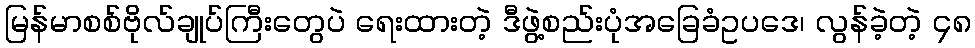
မြန်မာစစ်ဗိုလ်ချုပ်ကြီးတွေပဲ ရေးထားတဲ့ ဒီဖွဲ့စည်းပုံအခြေခံဥပဒေ၊ လွန်ခဲ့တဲ့ ၄၈